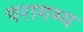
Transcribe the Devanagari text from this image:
परागम्य